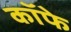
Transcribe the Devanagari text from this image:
कॉफे